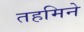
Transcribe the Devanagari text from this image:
तहमिने